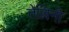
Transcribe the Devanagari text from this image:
तेल्लिनी